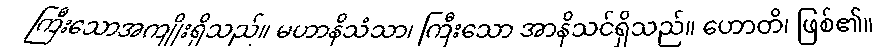
ကြီးသောအကျိုးရှိသည်။ မဟာနိသံသာ၊ ကြီးသော အာနိသင်ရှိသည်။ ဟောတိ၊ ဖြစ်၏။